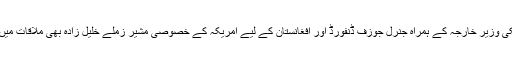
جب کہ امریکی وزیر خارجہ کے ہمراہ جنرل جوزف ڈنفورڈ اور افغانستان کے لیے امریکہ کے خصوصی مشیر زملے خلیل زادہ بھی ملاقات میں موجود تھے۔